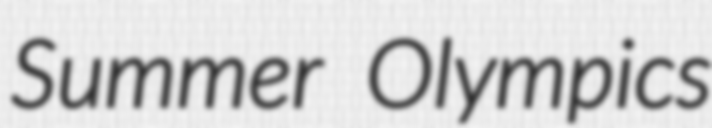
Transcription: Summer Olympics